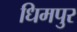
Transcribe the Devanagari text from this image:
धिमपुर